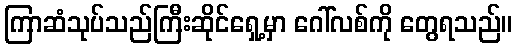
ကြာဆံသုပ်သည်ကြီးဆိုင်ရှေ့မှာ ဂေါ်လစ်ကို တွေရသည်။